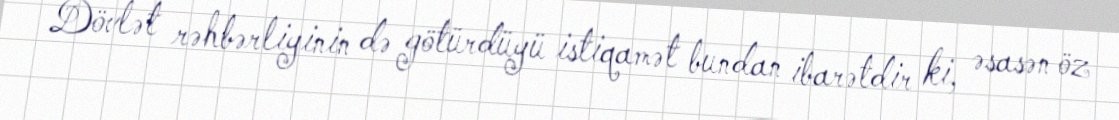
Dövlət rəhbərliyinin də götürdüyü istiqamət bundan ibarətdir ki, əsasən öz